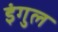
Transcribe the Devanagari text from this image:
इंगुल